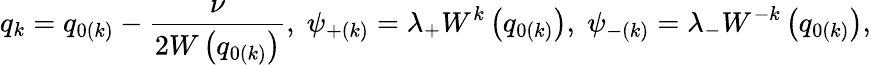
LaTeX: q_{k}=q_{0\left(k\right)}-\frac\nu{2W\left(q_{0\left(k\right)}\right)},\; \psi_{+\left(k\right)}=\lambda_{+}W^{k}\left(q_{0\left(k\right)}\right),\; \psi_{-\left(k\right)}=\lambda_{-}W^{-k}\left(q_{0\left(k\right)}\right),